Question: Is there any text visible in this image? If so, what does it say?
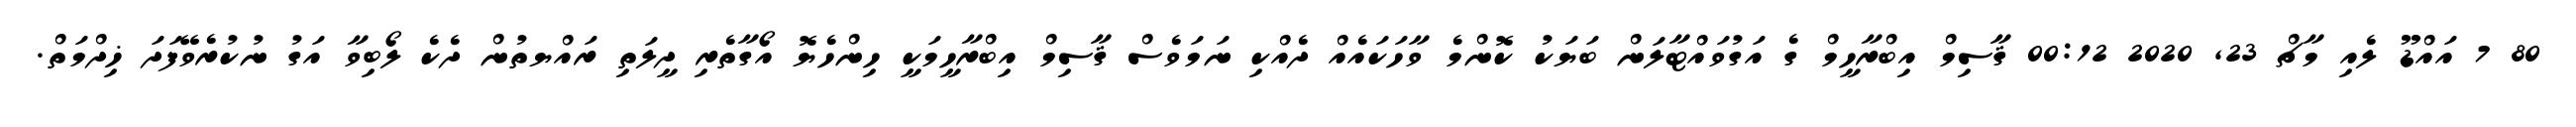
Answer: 80 7 އައްޑޫ ލެއި މާޗް 23, 2020 00:12 ޤާސިމް އިބްރާހީމް ގެ އަގުވައްޓާލަން ބަޔަކު ކޮންމެ ވާހަކައެއް ދެއްކި ނަމަވެސް ޤާސިމް އިބްރާހީމަކީ ހިންހެޔޮ އޯގާތެރި ދީލަތި ރައްޔތުން ދެކެ ލޯބިވާ އަގު ނުކުރެވޭފަދަ ޚިދްމަތް.